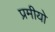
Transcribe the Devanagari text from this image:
प्रमीयो